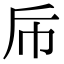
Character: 𭘑